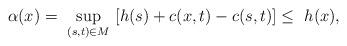
LaTeX: \begin{align*}\alpha(x)=\ \sup_{(s,t)\in M}\ [h(s)+c(x,t)-c(s,t)] \leq\ h(x),\end{align*}